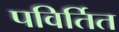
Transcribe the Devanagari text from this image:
पविर्तित